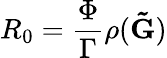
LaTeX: R_{0}=\frac{\Phi}{\Gamma}\rho(\mathbf{\tilde{G}})